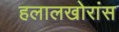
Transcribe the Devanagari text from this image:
हलालखोरांस